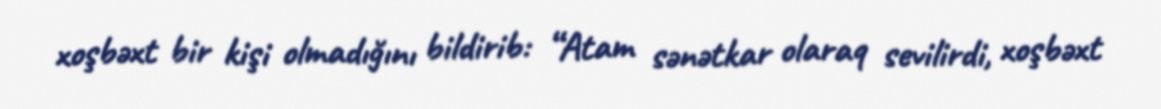
xoşbəxt bir kişi olmadığını bildirib: “Atam sənətkar olaraq sevilirdi, xoşbəxt